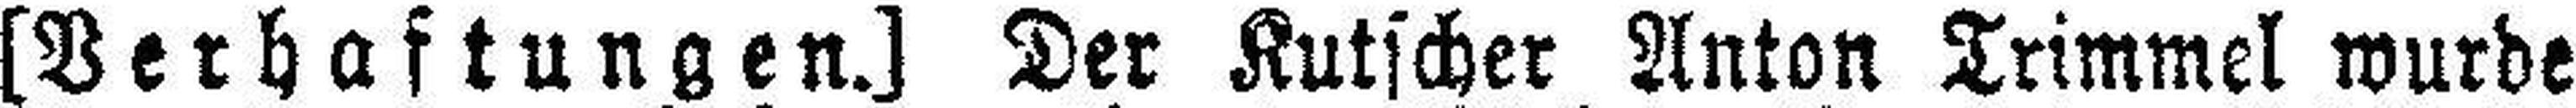
[Verhaftungen.] Der Kutscher Anton Trimmel wurde